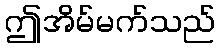
ဤအိမ်မက်သည်